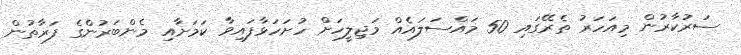
ސަރުކާރުން މިއަހަރު ތެރޭގައި 50 މައްސަލައެއް މަޖިލީހަށް ހުށަހަޅާފައިވާ ކަމަށާއި މެންބަރުންގެ ފަރާތުން